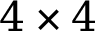
4 \times 4